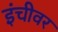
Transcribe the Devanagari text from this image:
इंचीवर